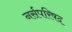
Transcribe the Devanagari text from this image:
नर्सपरिषद